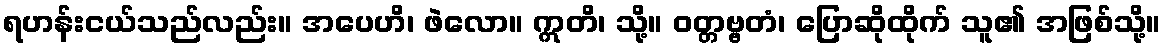
ရဟန်းငယ်သည်လည်း။ အပေဟိ၊ ဖဲလော။ ဣတိ၊ သို့။ ဝတ္တဗ္ဗတံ၊ ပြောဆိုထိုက် သူ၏ အဖြစ်သို့။